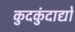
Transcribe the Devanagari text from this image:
कुदकुंदाद्यो